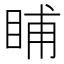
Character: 䀯